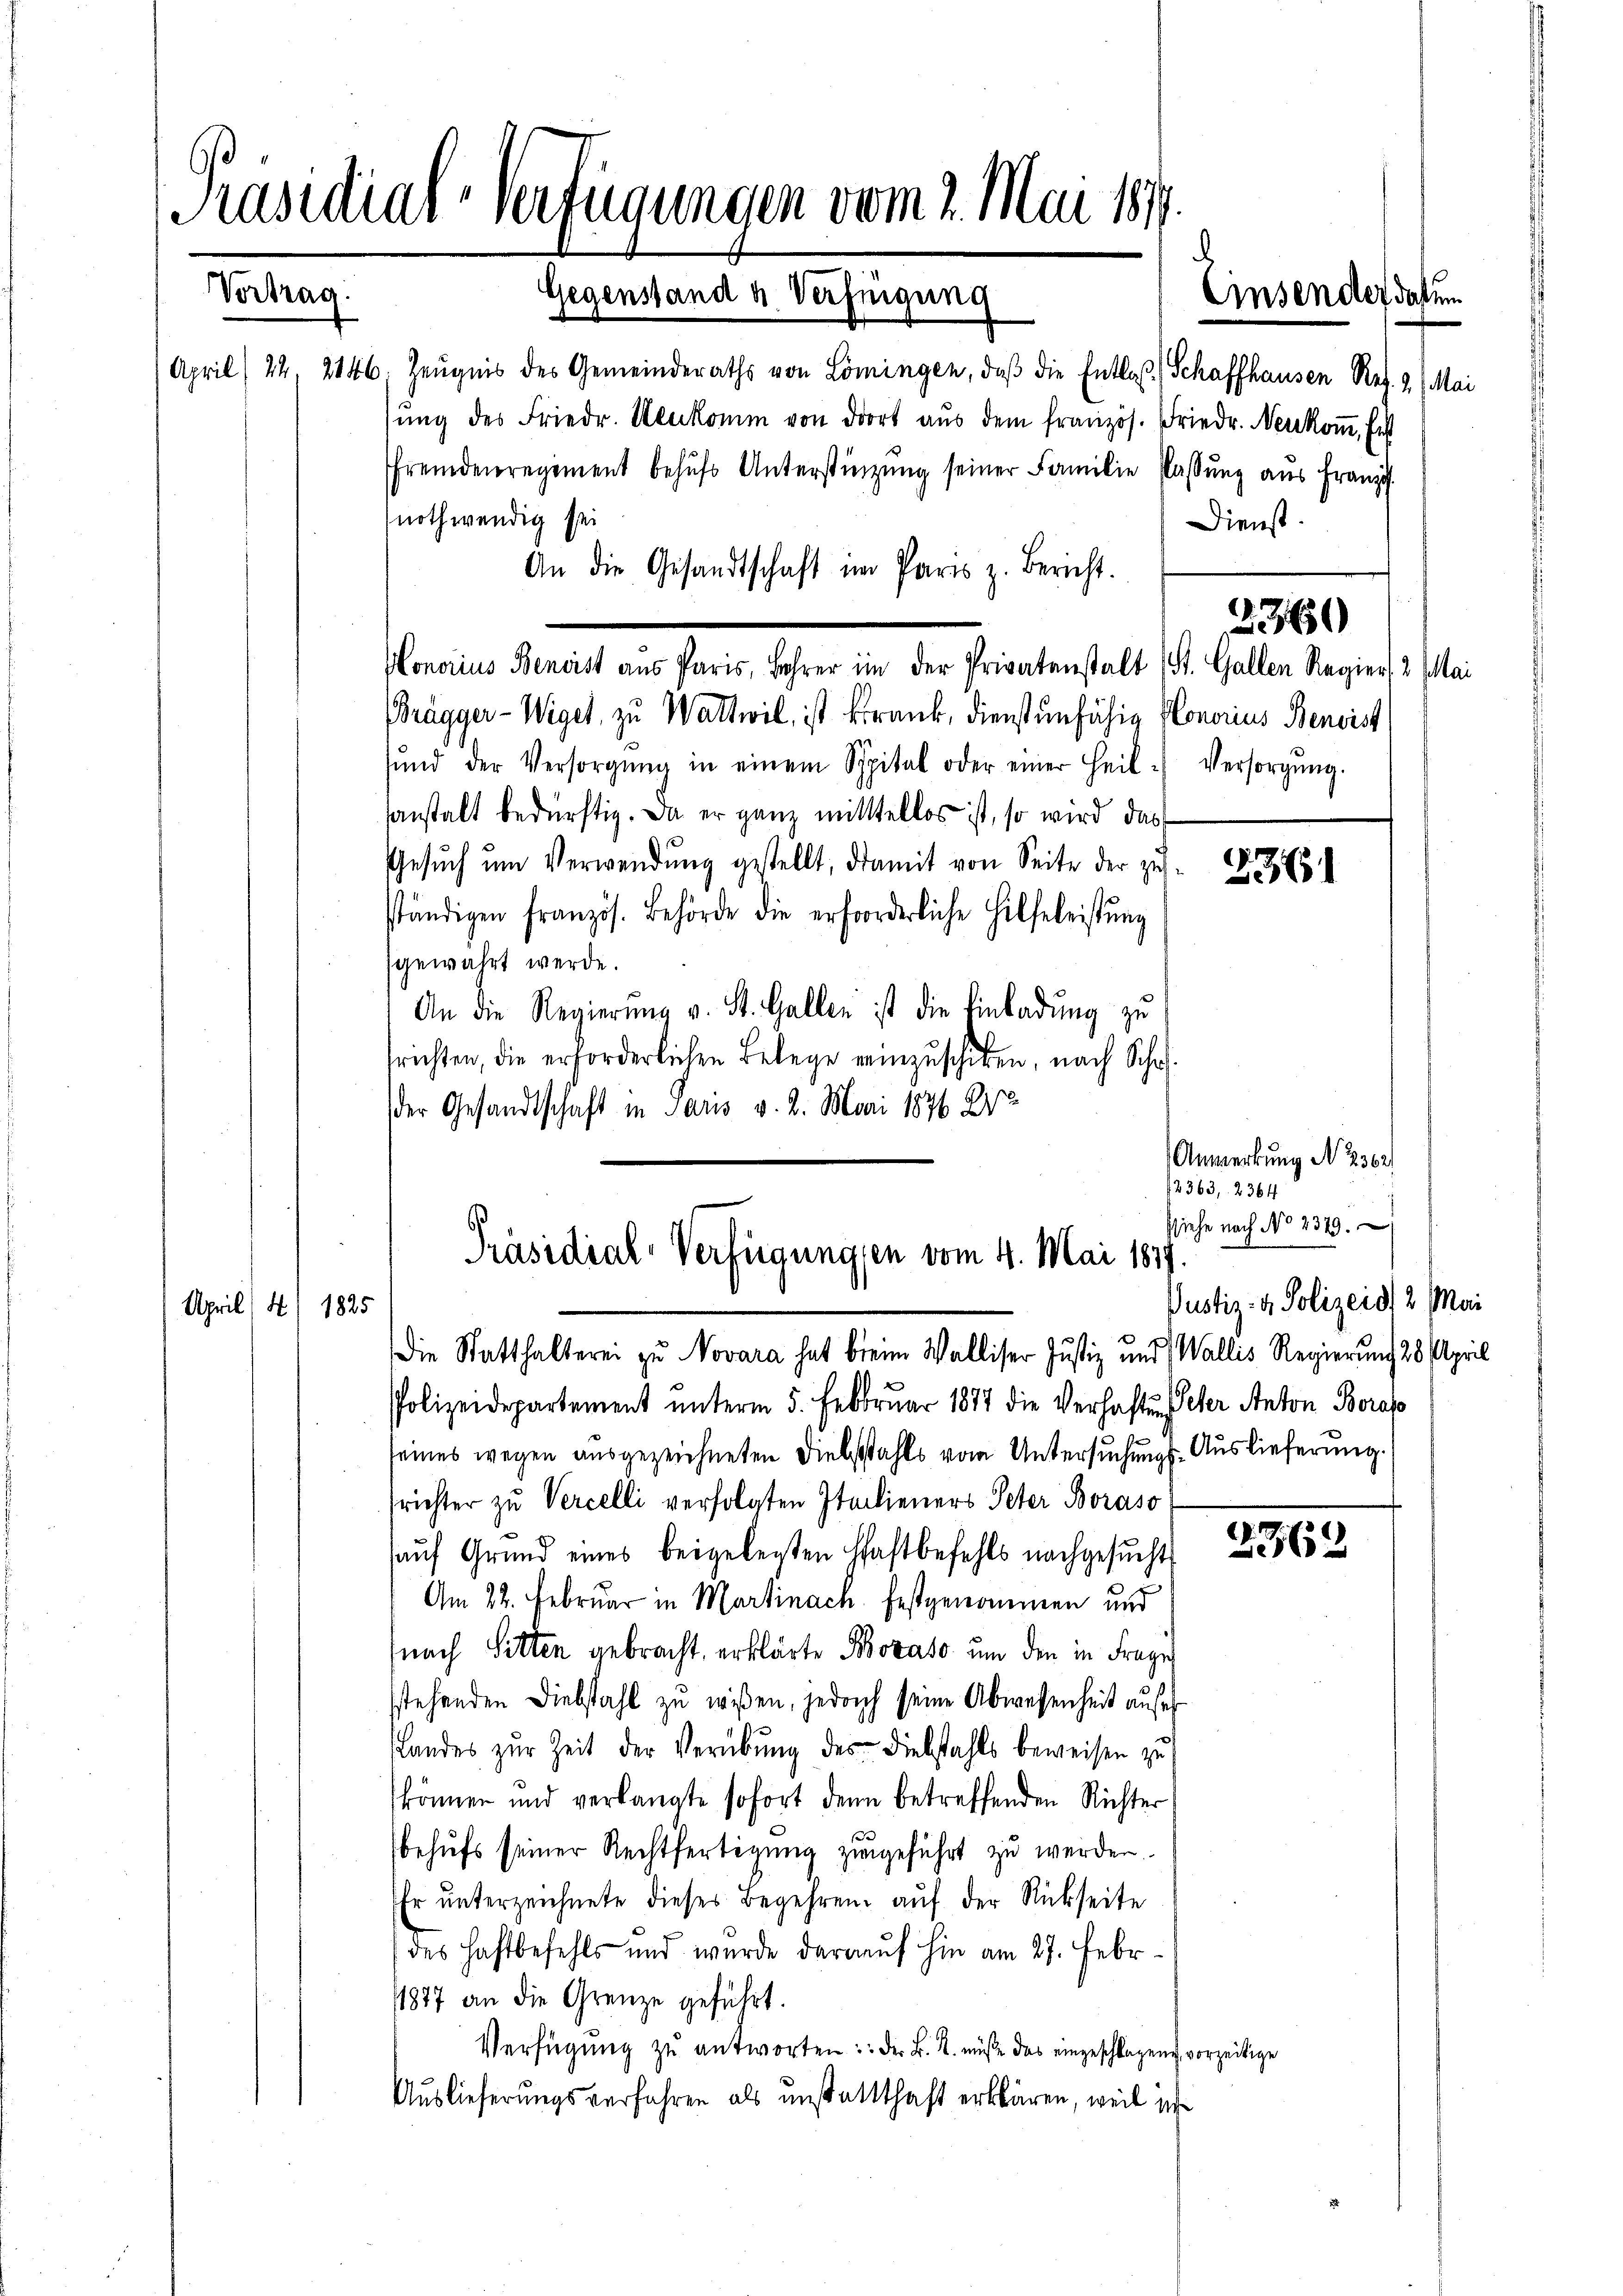
Präsidial-Verfügungen vom 2. Mai 184.
Vortrag.
Gegenstand u. Verfügung

April (24, 2146. Zeŭgnis des Gemeinderaths von Lömingen, daβ die Entlas Schaffhausen Res. 3. Mai
sŭng des Friedr. Neukomm von dort aŭs dem französ. Friedr. Neukoṁ, Ent
fremdenregiment behŭfs Unterstinzŭng seiner Familie Classŭng aŭs Franz.
nothwendig sei
An die Gesandtschaft im Paris z. Bericht.
Honorius Benoist aus Paris, Lehrer in der Privatenstalt (St. Gallen Regier, 2. Mai
Brägger-Wiget, zu Wattwil, ist krank, dienstunfähig Honorius Benoist
sŭnd der Versorgŭng in einem Spital oder einer Heil Versorgŭng.
sanstalt bedürftig. Da er ganz mittellos ist, so wird das
.
Gesŭch ŭm Verwendŭng gestellt, damit von Seite der zŭ
561
ständigen französ. Behörde die erforderliche Hilfeleistŭng
sgewahrt werde.
An die Regierŭng v. St. Gallen ist die Einladŭng zŭ
srichten, die erforderlichen Belege reinzuschiken, nach Schaf
der Gesandtschaft in Paris v. 2. Mai 1876 Dr
Anmerkung No 236.
2363, 2364
siehe nach No 2379.

Einsendes datum

Dienst.

2360

Präsidial-Verfügungen vom 4. Mai 1877.
Justiz- & Polizeid 2. Mai
April (S. 1825
Die Statthalterei zu Novara hat beim Walliser Justiz und Wallis Regierung 28. April

Polizeidepartement unterm 5. Februar 1877 die Verhaften Peter Anton Borap
seines wegen ausgezeichneten Diebstahls vom Untersuchungs-Auslieferung.
srichter zu Vercelli verfolgten Italieners Peter Boraso
auf Grund eines beigelegten Haftbefehls nachgesŭcht 322
Am 22. Februar in Martinach festgenommen und
(nach Sitten gebracht, erklärte Boraso um den in Frage
sstehenden Diebstahl zu wissen, jedoch seine Abwesenheit aus¬
Landes zŭr Zeit der Verübung des Diebstahls beweisen zu
können und verlangte sofort denn betreffenden Richter
behufs seiner Rechtfertigung zugeführt zu werden.
Er unterzeichnete dieses Begehren auf der Rückseite
des Haftbefehls und wurde darauf hin am 27. Febr.
1877 an die Grenze geführt.
Verfügung zu antworten: Der B. K. müße das eingeschlagen vorzeitige
Auslieferungsverfahren als unstatthaft erklären, weil ihr